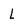
Character: L